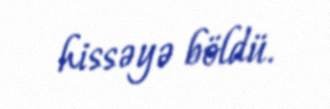
hissəyə böldü.